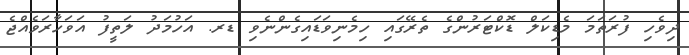
ދިވެހި ފުރަތަމަ މެޑިކަލް ޑޮކްޓަރުންގެ ތެރޭގައި ހިމެނިވަޑައިގެންނެވި ޑރ. އަހުމަދު ލަތީފު އަވަހާރަވެއްޖެ